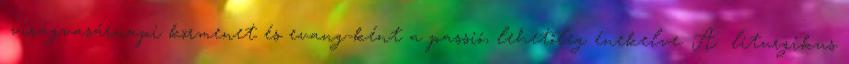
→virágvasárnapi körmenet és evang-ként a→passió, lehetőleg énekelve. A →liturgikus